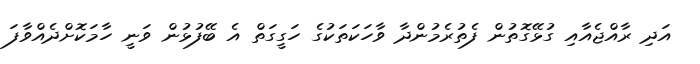
އަދި ރާއްޖެއާއި ގުޅޭގޮތުން ފެތުރެމުންދާ ވާހަކަތަކުގެ ހަގީގަތް އެ ބޭފުޅުން ވަނީ ހާމަކޮށްދެއްވާފަ